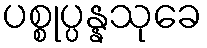
ပစ္စုပ္ပန္နသုခေ